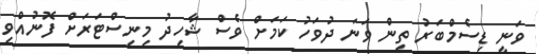
ވަނީ ޑިސެމްބަރު ތިން ވަނަ ދުވަހު ކަމަށް ވެސް ޝާހިދު މިނިސްޓަރަށް ފޮނުއްވި